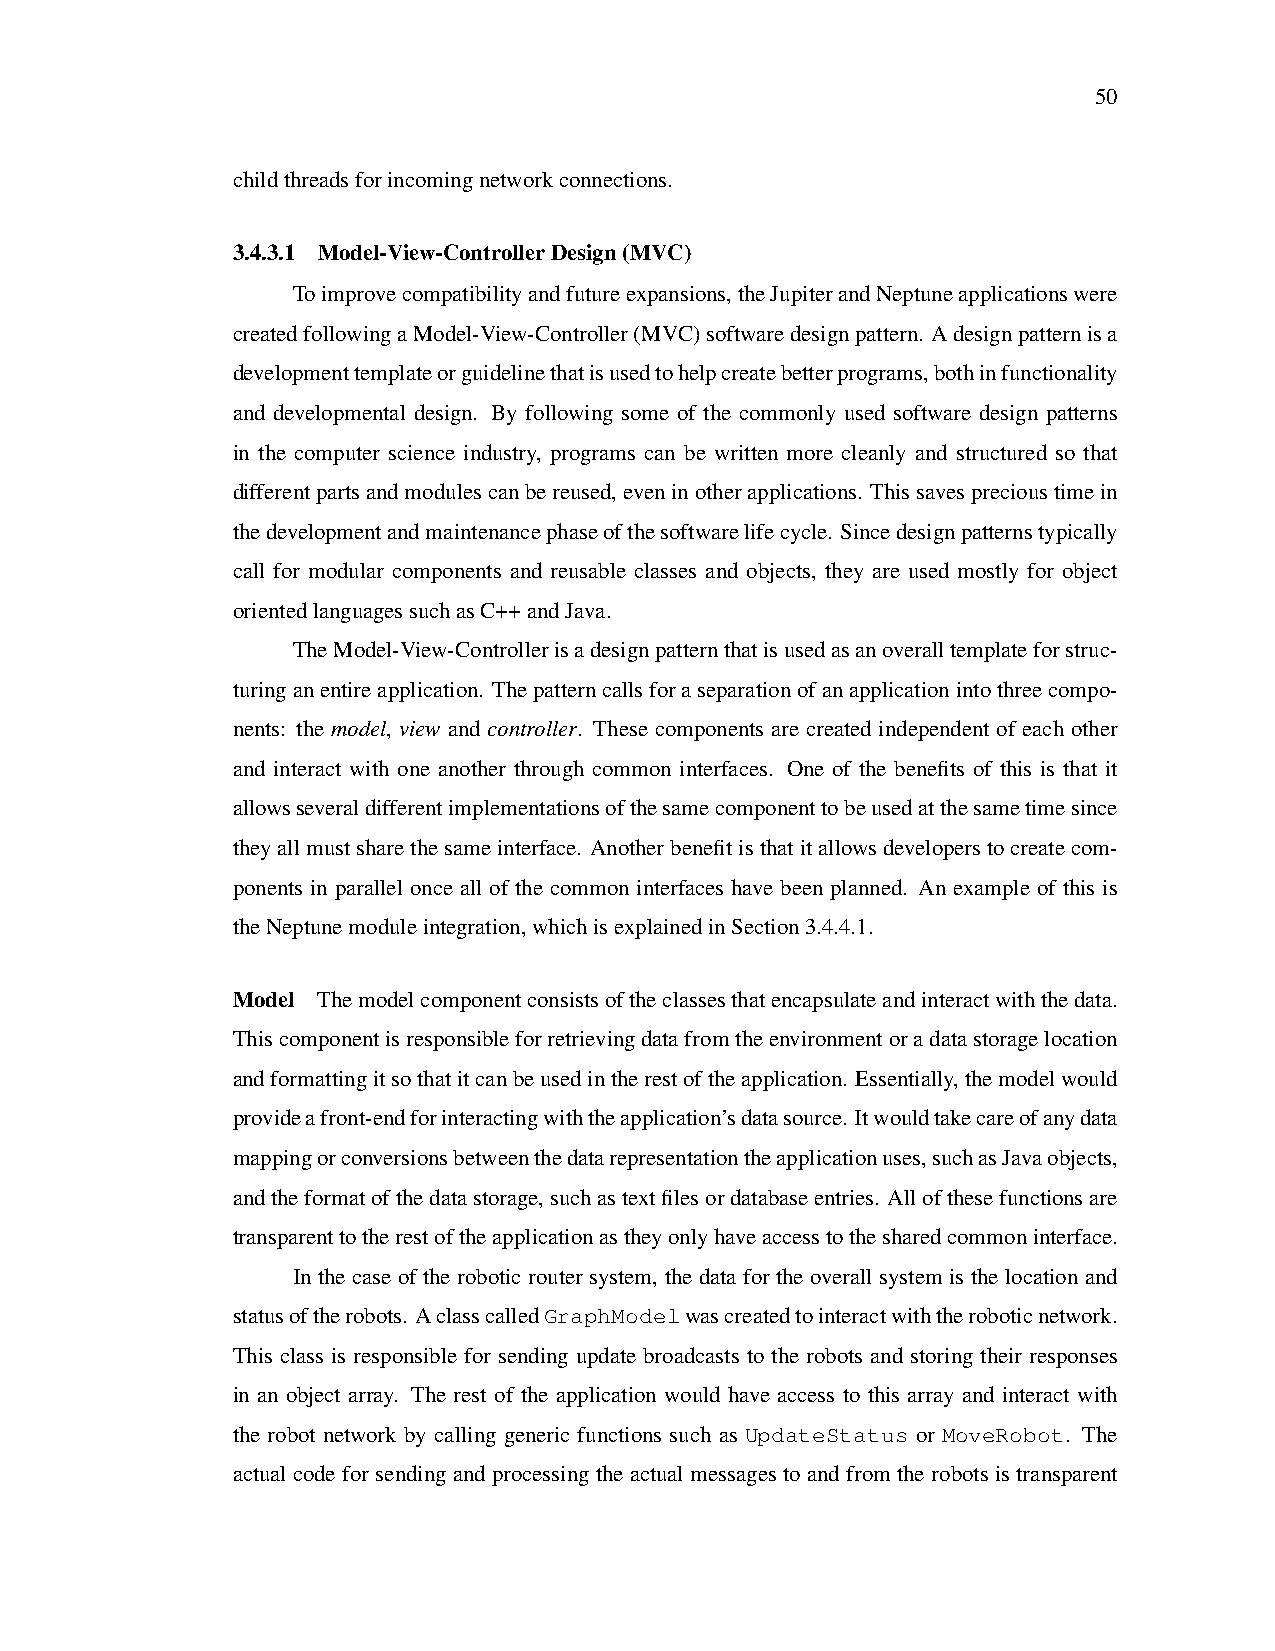
50
 childthreadsforincomingnetworkconnections.
 3.4.3.1 Model-View-ControllerDesign(MVC)
 Toimprovecompatibilityandfutureexpansions,theJupiterandNeptuneapplicationswere
 createdfollowingaModel-View-Controller(MVC)softwaredesignpattern. Adesignpatternisa
 developmenttemplateorguidelinethatisusedtohelpcreatebetterprograms,bothinfunctionality
 and developmental design. By following some of the commonly used software design patterns
 in the computer science industry, programs can be written more cleanly and structured so that
 differentpartsandmodulescanbereused,eveninotherapplications. Thissavesprecioustimein
 thedevelopmentandmaintenancephaseofthesoftwarelifecycle. Sincedesignpatternstypically
 call for modular components and reusable classes and objects, they are used mostly for object
 orientedlanguagessuchasC++andJava.
 TheModel-View-Controllerisadesignpatternthatisusedasanoveralltemplateforstruc-
 turinganentireapplication. Thepatterncallsforaseparationofanapplicationintothreecompo-
 nents: the model, view and controller. These components are created independent of each other
 and interact with one another through common interfaces. One of the benefits of this is that it
 allowsseveraldifferentimplementationsofthesamecomponenttobeusedatthesametimesince
 theyallmustsharethesameinterface. Anotherbenefitisthatitallowsdeveloperstocreatecom-
 ponents in parallel once all of the common interfaces have been planned. An example of this is
 theNeptunemoduleintegration,whichisexplainedinSection3.4.4.1.
 Model Themodelcomponentconsistsoftheclassesthatencapsulateandinteractwiththedata.
 Thiscomponentisresponsibleforretrievingdatafromtheenvironmentoradatastoragelocation
 andformattingitsothatitcanbeusedintherestoftheapplication. Essentially,themodelwould
 provideafront-endforinteractingwiththeapplication’sdatasource. Itwouldtakecareofanydata
 mappingorconversionsbetweenthedatarepresentationtheapplicationuses,suchasJavaobjects,
 andtheformatofthedatastorage,suchastextfilesordatabaseentries. Allofthesefunctionsare
 transparenttotherestoftheapplicationastheyonlyhaveaccesstothesharedcommoninterface.
 In the case of the robotic router system, the data for the overall system is the location and
 statusoftherobots. AclasscalledGraphModelwascreatedtointeractwiththeroboticnetwork.
 This class is responsible for sending update broadcasts to the robots and storing their responses
 in an object array. The rest of the application would have access to this array and interact with
 the robot network by calling generic functions such as UpdateStatus or MoveRobot. The
 actual code for sending and processing the actual messages to and from the robots is transparent